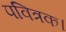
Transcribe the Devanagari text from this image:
पवित्रक।